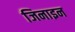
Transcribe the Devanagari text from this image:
जिनाइन